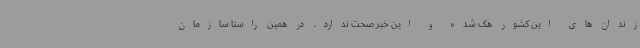
زندان های این کشور هک شده و این خبر صحت ندارد. در همین راستا سازمان